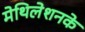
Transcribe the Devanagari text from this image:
मेथिलेशनके